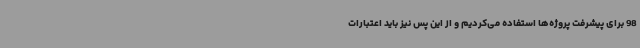
98 برای پیشرفت پروژه‌ها استفاده می‌کردیم و از این پس نیز باید اعتبارات